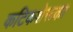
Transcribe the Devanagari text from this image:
कटिकशेरूका